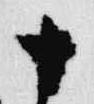
十